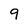
Character: 9